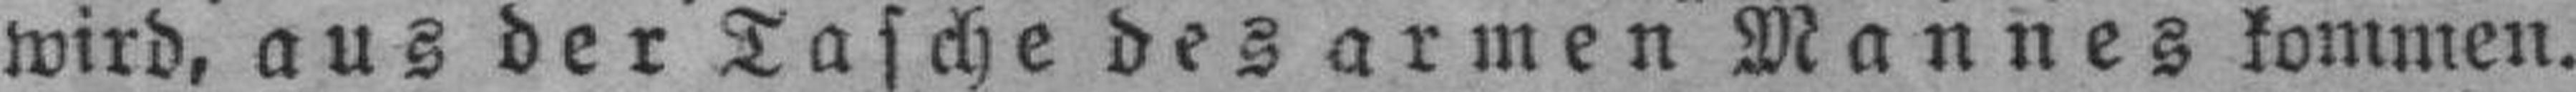
wird, aus der Tasche des armen Mannes kommen.